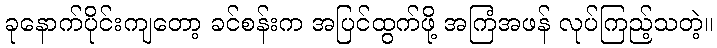
ခုနောက်ပိုင်းကျတော့ ခင်စန်းက အပြင်ထွက်ဖို့ အကြံအဖန် လုပ်ကြည့်သတဲ့။